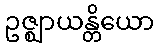
ဥဇ္ဈာယန္တိယော